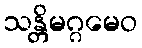
သန္တိမဂ္ဂမေဝ